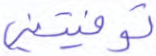
توفيتني